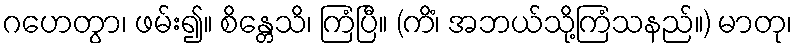
ဂဟေတွာ၊ ဖမ်း၍။ စိန္တေသိ၊ ကြံပြီ။ (ကိံ၊ အဘယ်သို့ကြံသနည်။) မာတု၊